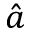
\hat { a }